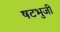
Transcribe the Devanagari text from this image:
षटभुजी